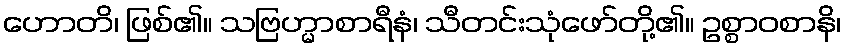
ဟောတိ၊ ဖြစ်၏။ သဗြဟ္မာစာရီနံ၊ သီတင်းသုံဖော်တို့၏။ ဥစ္စာဝစာနိ၊